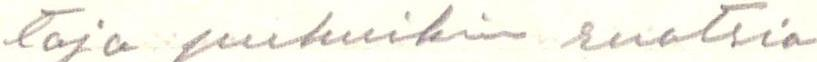
taja puhuikin ruotsia